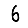
Digit: 6